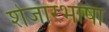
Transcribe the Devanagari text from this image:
शेजारभाषा